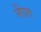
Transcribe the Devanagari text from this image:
नोाेत